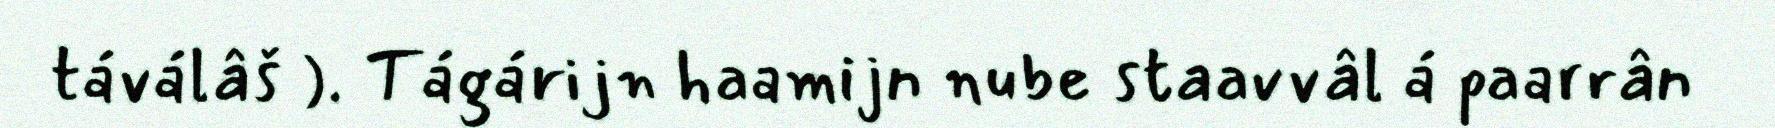
táválâš ). Tágárijn haamijn nube staavvâl á paarrân